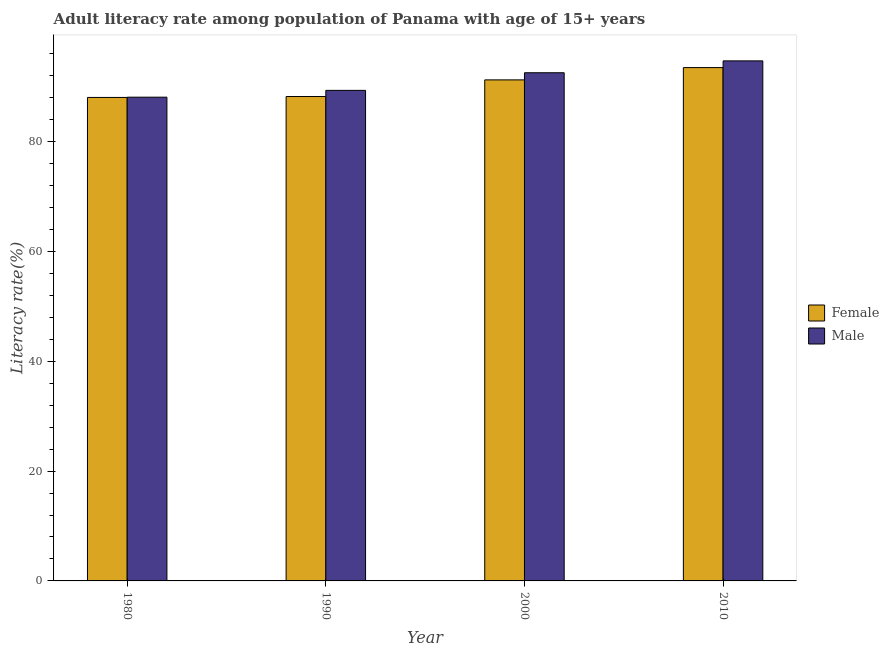
| Year | Female | Male |
 | --- | --- | --- |
 | 1980 | 88 | 88.1 |
 | 1990 | 88.2 | 89.3 |
 | 2000 | 91.2 | 92.5 |
 | 2010 | 93.5 | 94.7 |